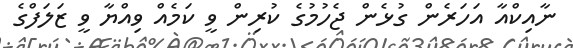
ނާއިކްއާ އަހަރެން ގުޅެން ޖެހުމުގެ ކުރިން ވީ ކަމެއް ވިއްޔާ ވީ ޒަލަފްގެ